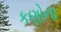
કણોના